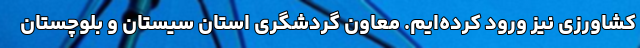
کشاورزی نیز ورود کرده‌ایم. معاون گردشگری استان سیستان و بلوچستان